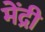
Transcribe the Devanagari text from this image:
मेंद्री